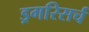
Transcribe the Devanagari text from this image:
ड्रगरिसर्च